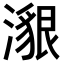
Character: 𤀊